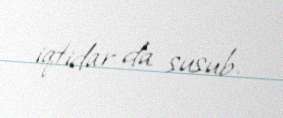
iqtidar da susub.